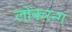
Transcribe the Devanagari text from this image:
लोकरन्ग